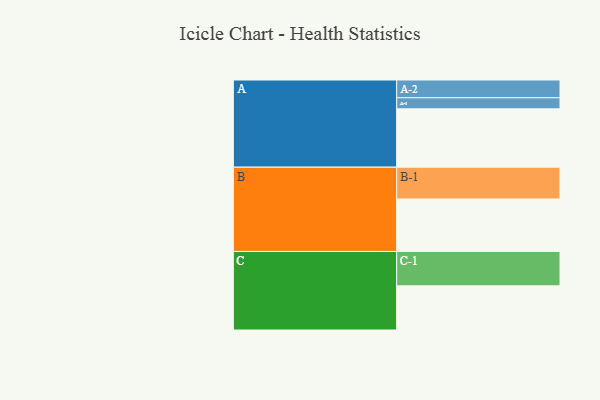
{"axis": {"x": "Segment", "y": "Value"}, "legend": ["", "A", "B", "C"], "data": [{"x": "A", "y": 499, "type": ""}, {"x": "B", "y": 449, "type": ""}, {"x": "C", "y": 378, "type": ""}, {"x": "A-1", "y": 95, "type": "A"}, {"x": "A-2", "y": 152, "type": "A"}, {"x": "B-1", "y": 272, "type": "B"}, {"x": "C-1", "y": 294, "type": "C"}]}